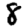
Digit: 8